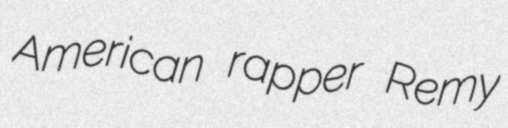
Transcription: American rapper Remy